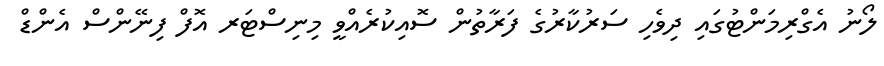
ލޯނު އެގްރިމަންޓުގައި ދިވެހި ސަރުކާރުގެ ފަރާތުން ސޮއިކުރެއްވީ މިނިސްޓަރ އޮފް ފިނޭންސް އެންޑް